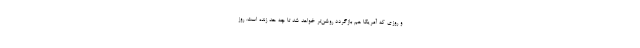
و روزی که آمریکا هم بازگردد روشن‌تر خواهد شد تا چه حد زنده است. روز